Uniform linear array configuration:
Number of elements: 24
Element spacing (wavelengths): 0.75
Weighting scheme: blackman
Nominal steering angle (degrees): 0
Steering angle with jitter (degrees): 1.517
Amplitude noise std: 0.05
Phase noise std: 0.05

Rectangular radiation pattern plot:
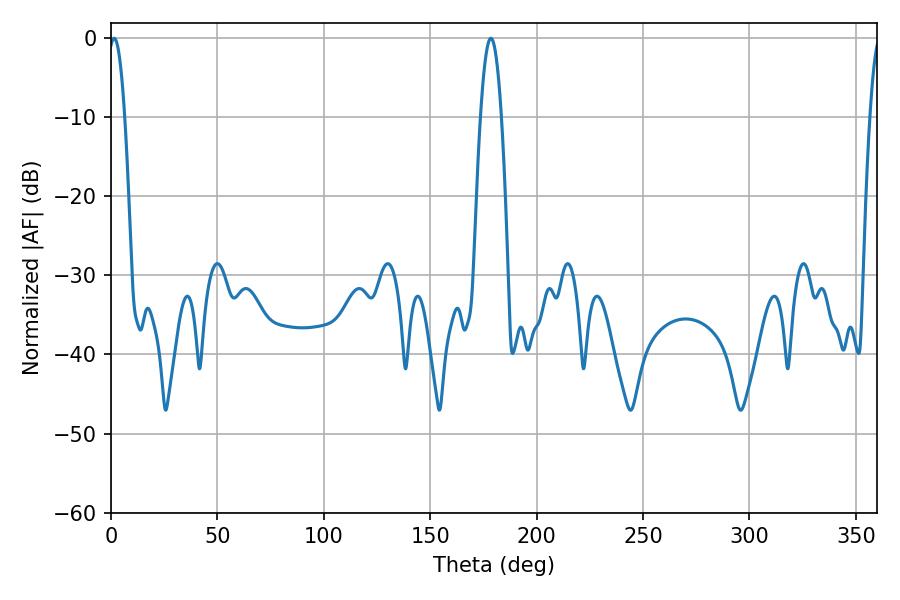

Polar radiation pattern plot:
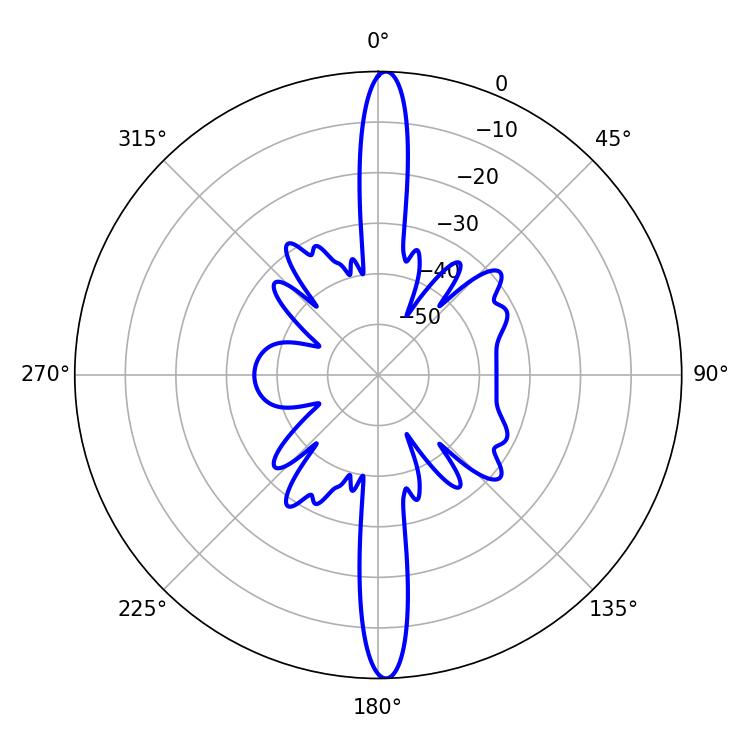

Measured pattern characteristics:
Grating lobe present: TRUE
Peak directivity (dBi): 25.508
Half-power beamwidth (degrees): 4.14
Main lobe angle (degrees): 1.44